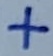
Text: +